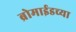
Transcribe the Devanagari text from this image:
ब्रोमाईडच्या